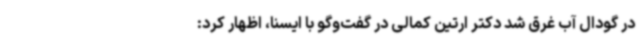
در گودال آب غرق شد دکتر ارتین کمالی در گفت‌وگو با ایسنا، اظهار کرد: